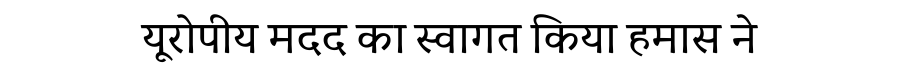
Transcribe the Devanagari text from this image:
यूरोपीय मदद का स्वागत किया हमास ने